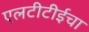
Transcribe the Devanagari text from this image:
एलटीटीईचा